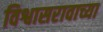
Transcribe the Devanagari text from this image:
विश्वासरावाच्या